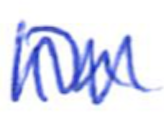
Text: in
Cross-out: zig-zag
Writing tool: ballpoint